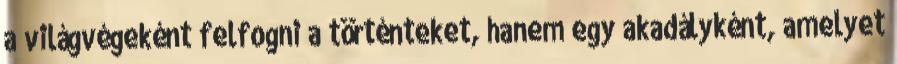
a világvégeként felfogni a történteket, hanem egy akadályként, amelyet